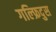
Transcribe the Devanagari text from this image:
गल्फ्रिदुस